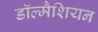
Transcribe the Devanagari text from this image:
डॉल्मैशियन